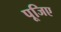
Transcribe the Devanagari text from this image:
पूजिए